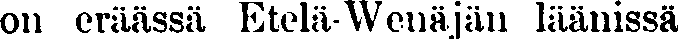
on eräässä Etelä-Wenäjän läänissä